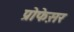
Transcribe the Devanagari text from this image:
प्रोफे़सर